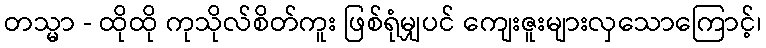
တသ္မာ - ထိုထို ကုသိုလ်စိတ်ကူး ဖြစ်ရုံမျှပင် ကျေးဇူးများလှသောကြောင့်၊